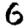
Digit: 6